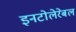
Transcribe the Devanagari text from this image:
इनटोलेरेबल